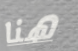
هنا